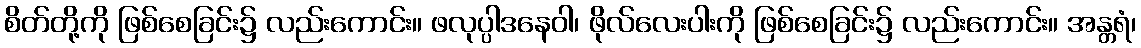
စိတ်တို့ကို ဖြစ်စေခြင်း၌ လည်းကောင်း။ ဖလုပ္ပါဒနေဝါ၊ ဖိုလ်လေးပါးကို ဖြစ်စေခြင်း၌ လည်းကောင်း။ အန္တရံ၊